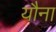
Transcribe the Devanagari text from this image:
यौना